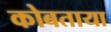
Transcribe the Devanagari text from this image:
कोबताया